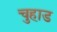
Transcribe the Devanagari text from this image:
चुहाड